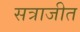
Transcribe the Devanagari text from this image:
सत्राजीत